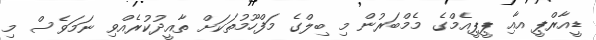
ޑީއާރްޕީ އާއި ޕީޕީއެމްގެ މެމްބަރުން މި ބިލްގެ މަފްހޫމުތަކަށް ތާއީދުކުރެއްވި ނަމަވެސް މި